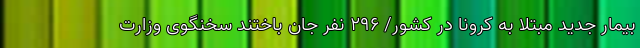
بیمار جدید مبتلا به کرونا در کشور/ ۲۹۶ نفر جان باختند سخنگوی وزارت